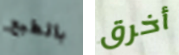
بالطبع أخرق